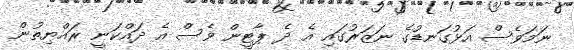
ނަމަވެސް އަޅުގަނޑުގެ ނަޒަރުގައި އެ ދެ ޕާޓީން ވެސް އެ ދައްކަނީ ރައްޔިތުން